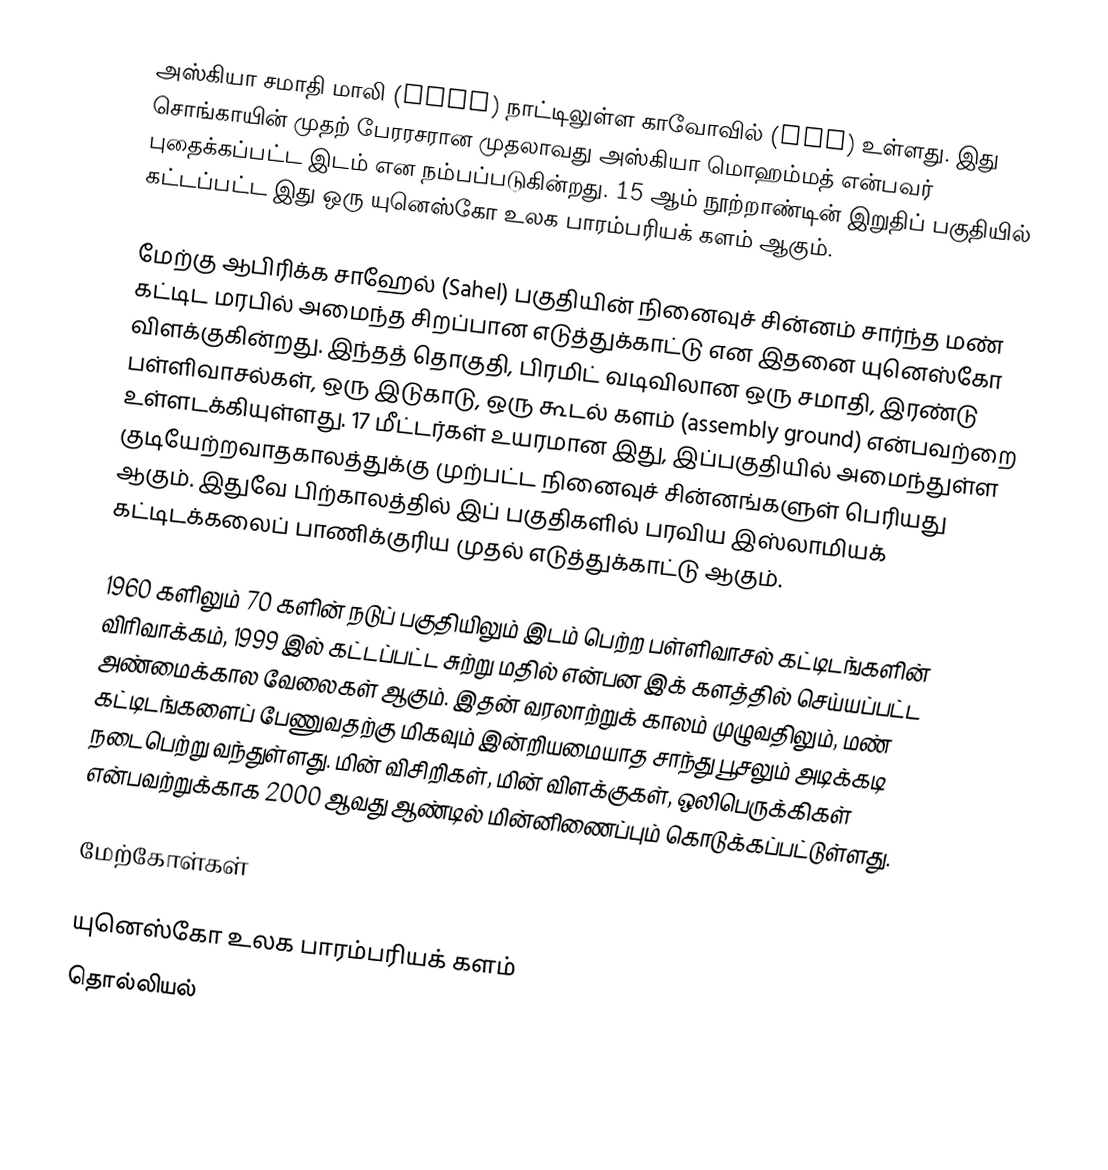
அஸ்கியா சமாதி மாலி (Mali) நாட்டிலுள்ள காவோவில் (Gao) உள்ளது. இது சொங்காயின் முதற் பேரரசரான முதலாவது அஸ்கியா மொஹம்மத் என்பவர் புதைக்கப்பட்ட இடம் என நம்பப்படுகின்றது. 15 ஆம் நூற்றாண்டின் இறுதிப் பகுதியில் கட்டப்பட்ட இது ஒரு யுனெஸ்கோ உலக பாரம்பரியக் களம் ஆகும்.

மேற்கு ஆபிரிக்க சாஹேல் (Sahel) பகுதியின் நினைவுச் சின்னம் சார்ந்த மண் கட்டிட மரபில் அமைந்த சிறப்பான எடுத்துக்காட்டு என இதனை யுனெஸ்கோ விளக்குகின்றது. இந்தத் தொகுதி, பிரமிட் வடிவிலான ஒரு சமாதி, இரண்டு பள்ளிவாசல்கள், ஒரு இடுகாடு, ஒரு கூடல் களம் (assembly ground) என்பவற்றை உள்ளடக்கியுள்ளது. 17 மீட்டர்கள் உயரமான இது, இப்பகுதியில் அமைந்துள்ள குடியேற்றவாதகாலத்துக்கு முற்பட்ட நினைவுச் சின்னங்களுள் பெரியது ஆகும். இதுவே பிற்காலத்தில் இப் பகுதிகளில் பரவிய இஸ்லாமியக் கட்டிடக்கலைப் பாணிக்குரிய முதல் எடுத்துக்காட்டு ஆகும்.

1960 களிலும் 70 களின் நடுப் பகுதியிலும் இடம் பெற்ற பள்ளிவாசல் கட்டிடங்களின் விரிவாக்கம், 1999 இல் கட்டப்பட்ட சுற்று மதில் என்பன இக் களத்தில் செய்யப்பட்ட அண்மைக்கால வேலைகள் ஆகும். இதன் வரலாற்றுக் காலம் முழுவதிலும், மண் கட்டிடங்களைப் பேணுவதற்கு மிகவும் இன்றியமையாத சாந்து பூசலும் அடிக்கடி நடைபெற்று வந்துள்ளது. மின் விசிறிகள், மின் விளக்குகள், ஒலிபெருக்கிகள் என்பவற்றுக்காக 2000 ஆவது ஆண்டில் மின்னிணைப்பும் கொடுக்கப்பட்டுள்ளது.

மேற்கோள்கள்

யுனெஸ்கோ உலக பாரம்பரியக் களம்
தொல்லியல்